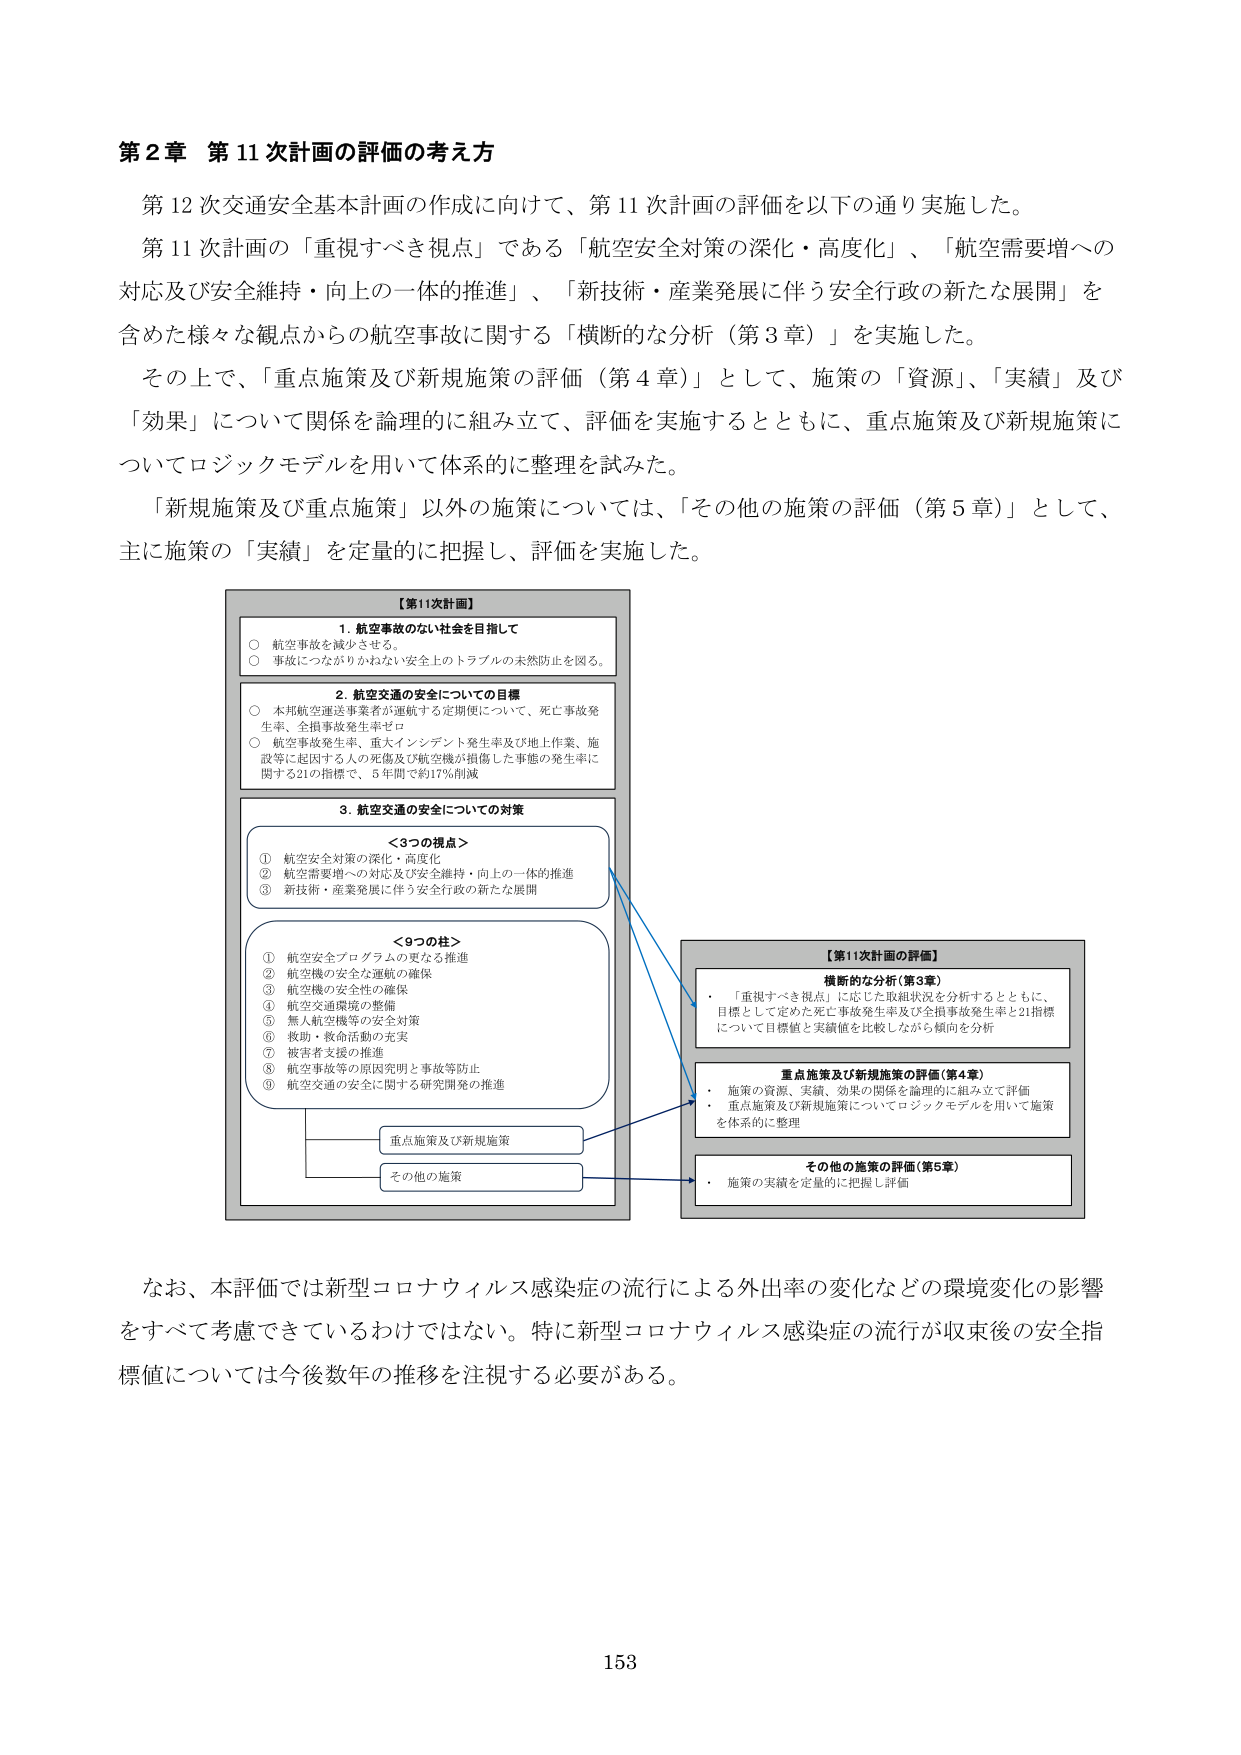
第2章 第11次計画の評価の考え方

第12次交通安全基本計画の作成に向けて、第11次計画の評価を以下の通り実施した。

第11次計画の「重視すべき視点」である「航空安全対策の深化・高度化」、「航空需要増への対応及び安全維持・向上の一体的推進」、「新技術・産業発展に伴う安全行政の新たな展開」を含めた様々な観点からの航空事故に関する「横断的な分析（第3章）」を実施した。

その上で、「重点施策及び新規施策の評価（第4章）」として、施策の「資源」、「実績」及び「効果」について関係を論理的に組み立て、評価を実施するとともに、重点施策及び新規施策についてロジックモデルを用いて体系的に整理を試みた。

「新規施策及び重点施策」以外の施策については、「その他の施策の評価（第5章）」として、主に施策の「実績」を定量的に把握し、評価を実施した。

【第11次計画】

1. 航空事故のない社会を目指して
○ 航空事故を減少させる。
○ 事故につながりかねない安全上のトラブルの未然防止を図る。

2. 航空交通の安全についての目標
○ 本邦航空運送事業者が運航する定期便について、死亡事故発生率、全損事故発生率ゼロ
○ 航空事故発生率、重大インシデント発生率及び地上作業、施設等に起因する人の死傷及び航空機が損傷した事態の発生率に関する21の指標で、5年間で約17％削減

3. 航空交通の安全についての対策

＜3つの視点＞
① 航空安全対策の深化・高度化
② 航空需要増への対応及び安全維持・向上の一体的推進
③ 新技術・産業発展に伴う安全行政の新たな展開

＜9つの柱＞
① 航空安全プログラムの更なる推進
② 航空機の安全な運航の確保
③ 航空機の安全性の確保
④ 航空交通環境の整備
⑤ 無人航空機等の安全対策
⑥ 救助・救命活動の充実
⑦ 被害者支援の推進
⑧ 航空事故等の原因究明と事故等防止
⑨ 航空交通の安全に関する研究開発の推進

重点施策及び新規施策
その他の施策

【第11次計画の評価】

横断的な分析（第3章）
・「重視すべき視点」に応じた取組状況を分析するとともに、目標として定めた死亡事故発生率及び全損事故発生率と21指標について目標値と実績値を比較しながら傾向を分析

重点施策及び新規施策の評価（第4章）
・施策の資源、実績、効果の関係を論理的に組み立てて評価
・重点施策及び新規施策についてロジックモデルを用いて施策を体系的に整理

その他の施策の評価（第5章）
・施策の実績を定量的に把握し評価

なお、本評価では新型コロナウイルス感染症の流行による外出率の変化などの環境変化の影響をすべて考慮できているわけではない。特に新型コロナウイルス感染症の流行が収束後の安全指標値については今後数年の推移を注視する必要がある。

153